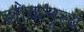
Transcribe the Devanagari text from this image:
लोकनृत्‍य